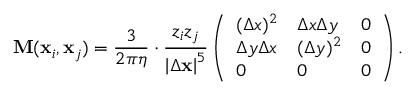
\mathbf M ( \mathbf { x } _ { i } , \mathbf { x } _ { j } ) = \frac { 3 } { 2 \pi \eta } \cdot \frac { z _ { i } z _ { j } } { \left| \Delta \mathbf { x } \right| ^ { 5 } } \left( \begin{array} { l l l } { ( \Delta x ) ^ { 2 } } & { \Delta x \Delta y } & { 0 } \\ { \Delta y \Delta x } & { ( \Delta y ) ^ { 2 } } & { 0 } \\ { 0 } & { 0 } & { 0 } \end{array} \right) .